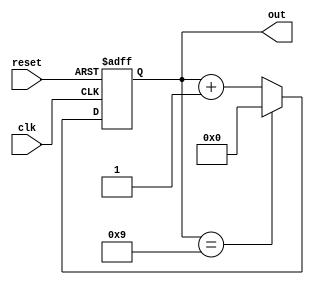
module counter (reset, clk, out);
input reset;
input clk;
output [3:0] out;

reg [3:0] out;

always @(negedge reset or posedge clk) begin
    if (~reset)
        out <= 0;
    else begin
        if (out == 4'b1001)
            out <= 4'b0000;
        else
            out <= out + 1;
    end
end
endmodule